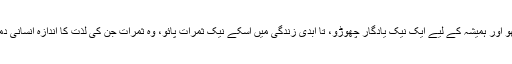
بلند حوصلگی سے اٹھو اور ہمیشہ کے لیے ایک نیک یادگار چھوڑو، تا ابدی زندگی میں اسکے نیک ثمرات پائو، وہ ثمرات جن کی لذت کا اندازہ انسانی دماغ کر ہی نہیں سکتا۔